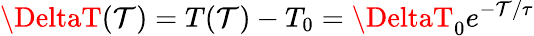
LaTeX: \DeltaT(\mathcal{T})=T(\mathcal{T})-T_{0}=\DeltaT_{0}e^{-\mathcal{T}/\tau}